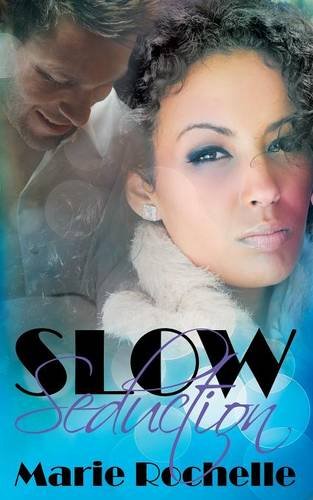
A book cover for The Men of CCD: Slow Seduction; Marie Rochelle; Romance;